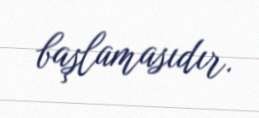
başlamasıdır.